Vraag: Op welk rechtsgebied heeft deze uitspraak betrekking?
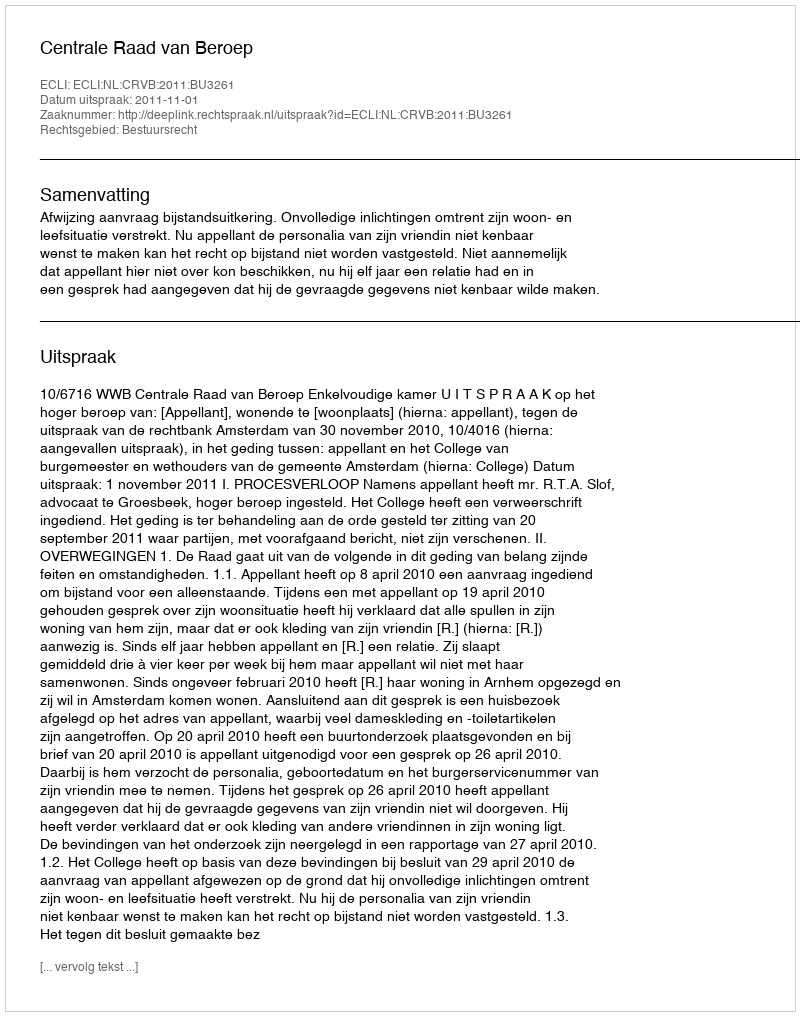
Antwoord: Bestuursrecht